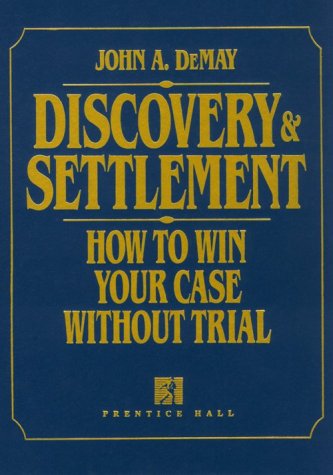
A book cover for Discovery & Settlement: How to Win Your Case Without Trial; John A. Demay; Law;